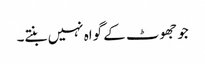
جو جھوٹ کے گواہ نہیں بنتے۔